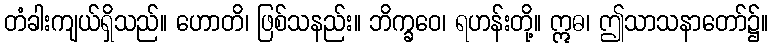
တံခါးကျယ်ရှိသည်။ ဟောတိ၊ ဖြစ်သနည်း။ ဘိက္ခဝေ၊ ရဟန်းတို့။ ဣဓ၊ ဤသာသနာတော်၌။